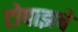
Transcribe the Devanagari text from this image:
टोपाझचे